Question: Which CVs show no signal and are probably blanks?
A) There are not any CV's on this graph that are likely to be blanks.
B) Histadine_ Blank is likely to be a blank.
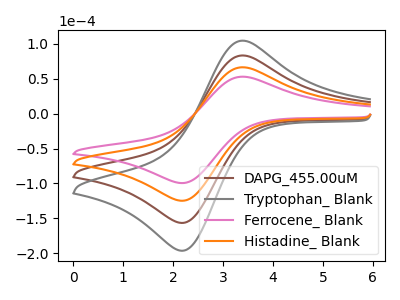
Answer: <think>The brown curve "DAPG_455.00uM" has an anodic peak at (3.40V, 132.85uA) and a cathodic peak at (2.25V, -248.70uA). The gray curve "Tryptophan_ Blank" has an anodic peak at (3.40V, 199.25uA) and a cathodic peak at (2.25V, -373.05uA). The pink curve "Ferrocene_ Blank" has an anodic peak at (3.40V, 52.95uA) and a cathodic peak at (2.25V, -99.15uA). The orange curve "Histadine_ Blank" has an anodic peak at (3.40V, 66.40uA) and a cathodic peak at (2.25V, -124.35uA).</think>
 <answer>A) There are not any CV's on this graph that are likely to be blanks.</answer>
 <eval>A</eval>